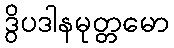
ဒွိပဒါနမုတ္တမော